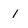
Character: 1